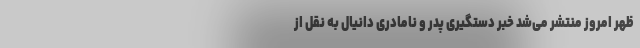
ظهر امروز منتشر می‌شد خبر دستگیری پدر و نامادری دانیال به نقل از